Annual report of the Camel Specialist
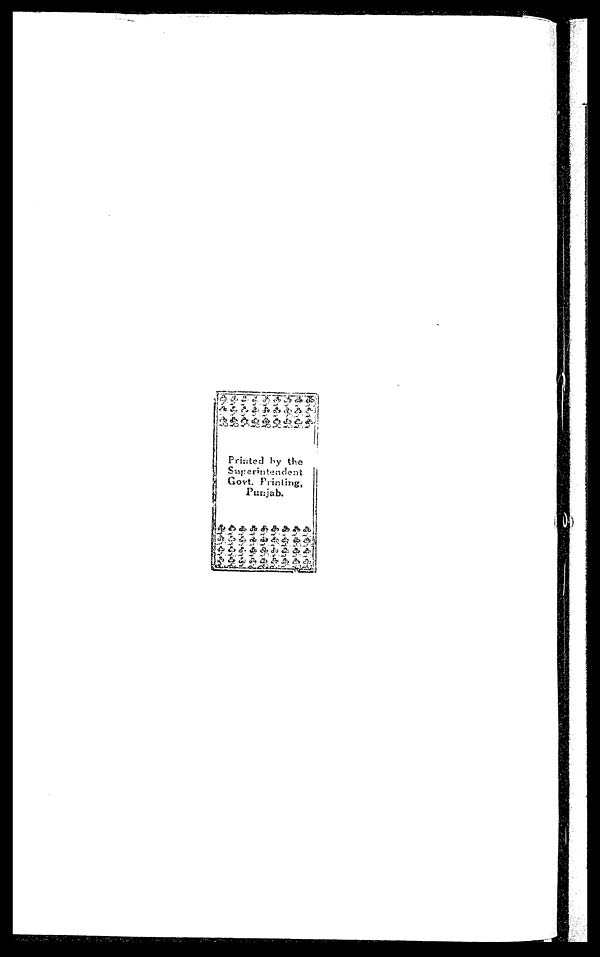
Printed by the
Superintendent
Govt. Printing,
Punjab.